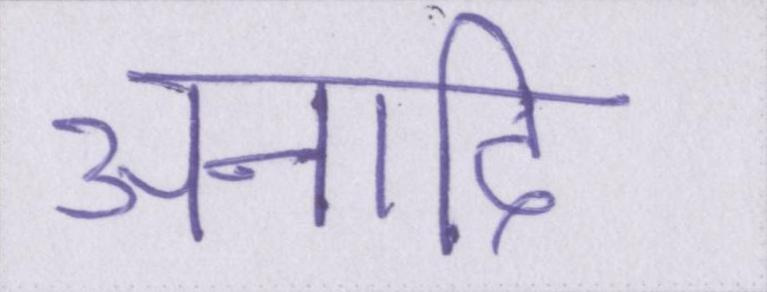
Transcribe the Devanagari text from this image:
अनादि